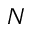
N